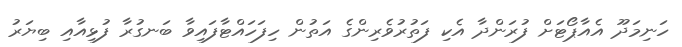
ހަނިމަދޫ އެއާޕޯޓަށް ފުރަންދާ އެކި ފަތުރުވެރިންގެ އަތުން ހިފަހައްޓާފައިވާ ބަނގުރާ ފުޅިއާއި ބިޔަރު